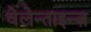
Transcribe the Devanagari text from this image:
वेलेन्ताइन्ज़